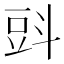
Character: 㪷